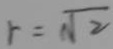
r = \sqrt { 2 }